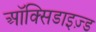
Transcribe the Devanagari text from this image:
ऑक्सिडाइज़्ड